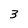
Character: 3